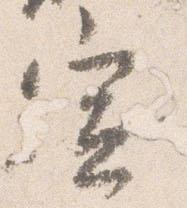
宣